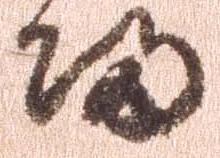
帰